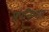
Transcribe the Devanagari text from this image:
प्रपत्तिभाव